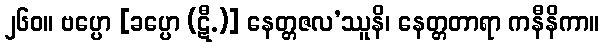
၂၆၀။ ဗပ္ပော [ခပ္ပော (ဋီ.)] နေတ္တဇလ’ဿူနိ၊ နေတ္တတာရာ ကနီနိကာ။